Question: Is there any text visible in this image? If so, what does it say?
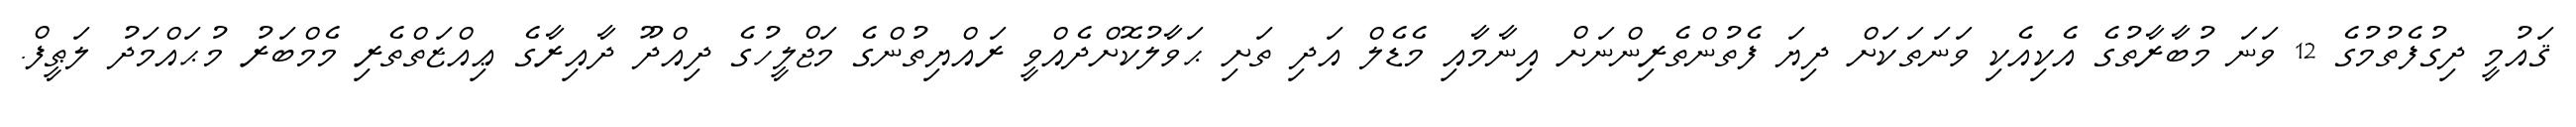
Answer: ޤައުމީ ދިގުފެތުމުގެ 12 ވަނަ މުބާރާތުގެ އެކިއެކި ވަނަތަކަށް ދިޔަ ފެތުންތެރިންނަށް އިނާމާއި މެޑެލް އަދި ތަށި ޙަވާލުކޮށްދެއްވީ ރައްޔިތުންގެ މަޖްލީހުގެ ދިއްދޫ ދާއިރާގެ ޢިއްޒަތްތެރި މެމްބަރު މުޙައްމަދު ލަޠީފް.